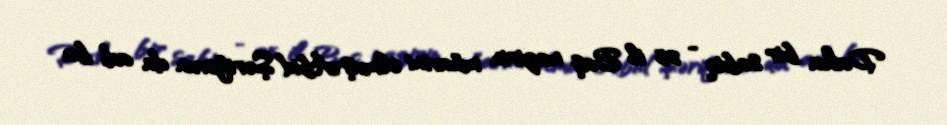
Daha bir sabiq - 25 il Baş nazirin müavini olmuş Abid Şərifovun da adı bu